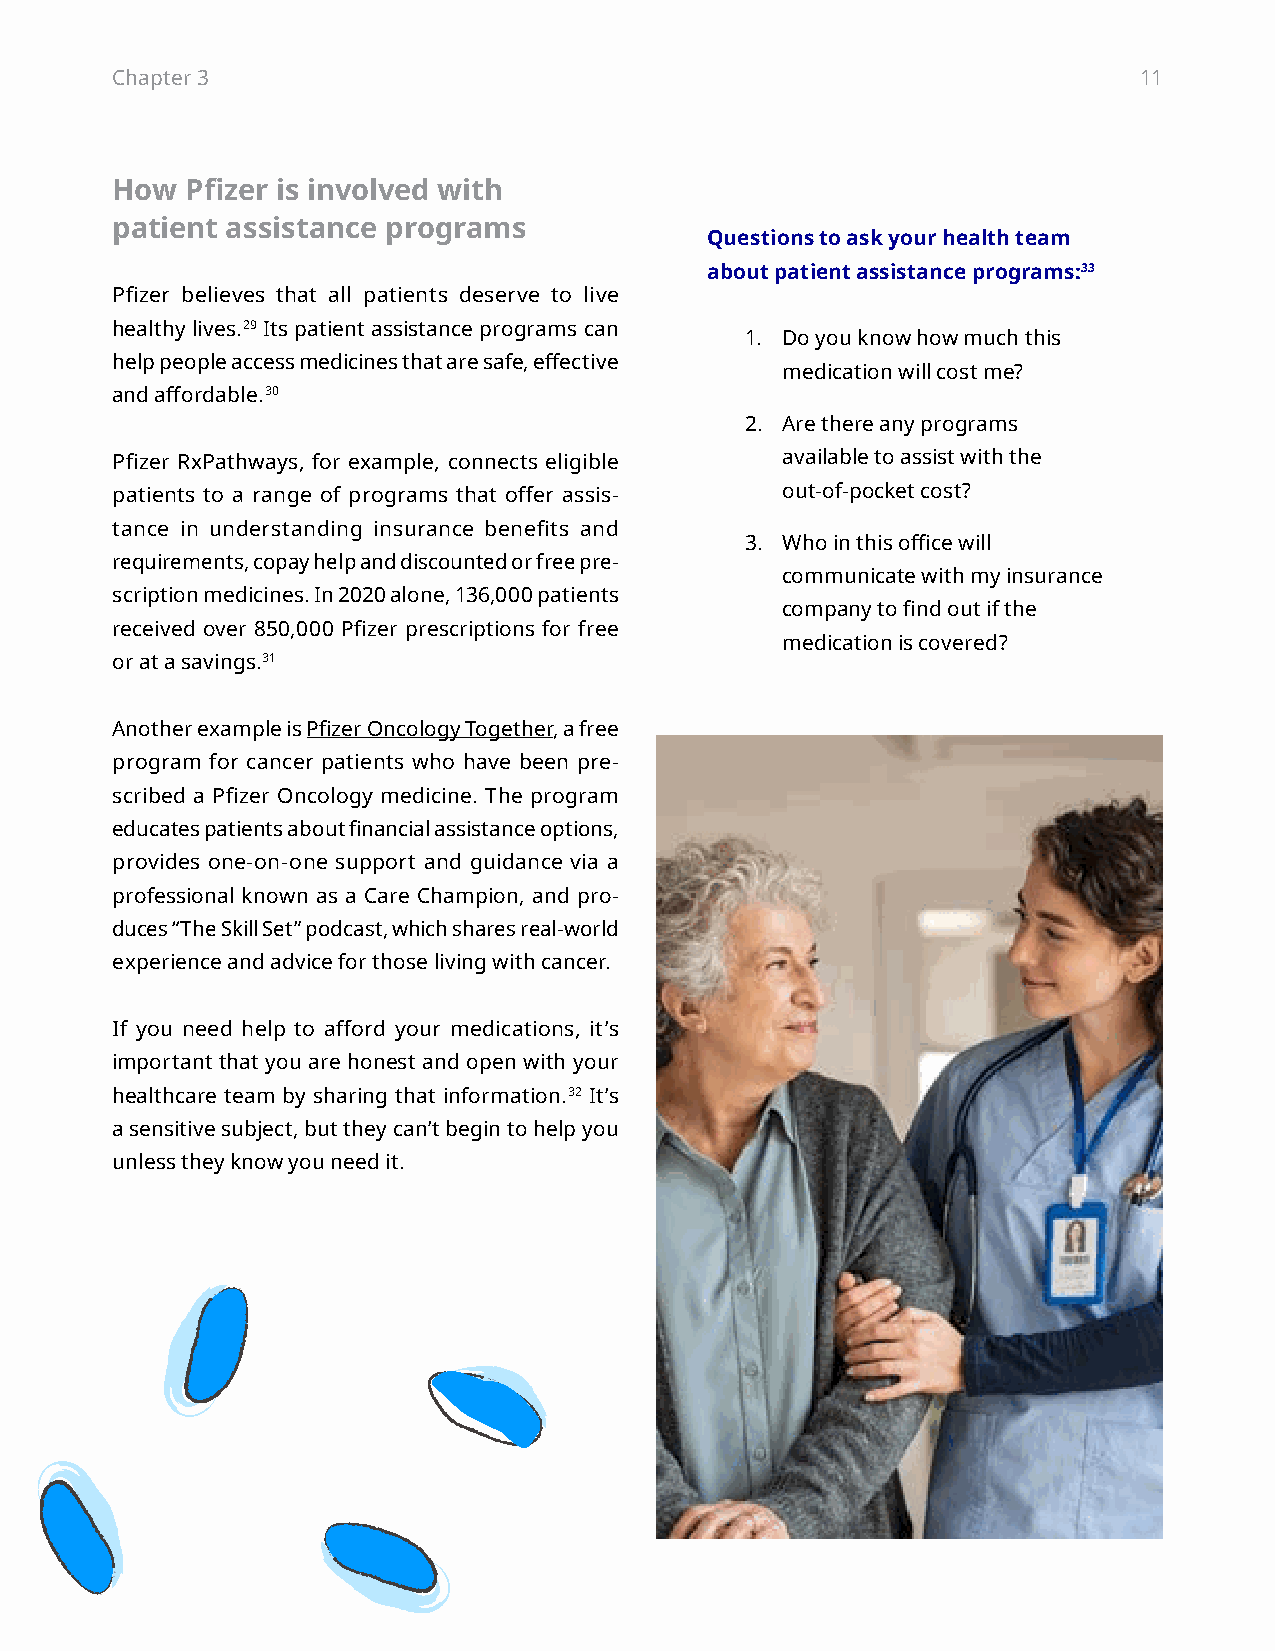
Chapter 3                                                           11
 How  Pfizer is involved with
 patient assistance programs
 Questions to ask your health team
 about patient assistance programs:33
 Pfizer believes that all patients deserve to live
 healthy lives.29 Its patient assistance programs can
 1. Do you know how much this
 help people access medicines that are safe, effective
 medication will cost me?
 and affordable.30
 2. Are there any programs
 Pfizer RxPathways, for example, connects eligible available to assist with the
 patients to a range of programs that offer assis- out-of-pocket cost?
 tance in understanding insurance benefits and
 3. Who in this office will
 requirements, copay help and discounted or free pre-
 communicate with my insurance
 scription medicines. In 2020 alone, 136,000 patients
 company to find out if the
 received over 850,000 Pfizer prescriptions for free
 medication is covered?
 or at a savings.31
 Another example is Pfizer Oncology Together, a free
 program for cancer patients who have been pre-
 scribed a Pfizer Oncology medicine. The program
 educates patients about financial assistance options,
 provides one-on-one support and guidance via a
 professional known as a Care Champion, and pro-
 duces “The Skill Set” podcast, which shares real-world
 experience and advice for those living with cancer.
 If you need help to afford your medications, it’s
 important that you are honest and open with your
 healthcare team by sharing that information.32 It’s
 a sensitive subject, but they can’t begin to help you
 unless they know you need it.